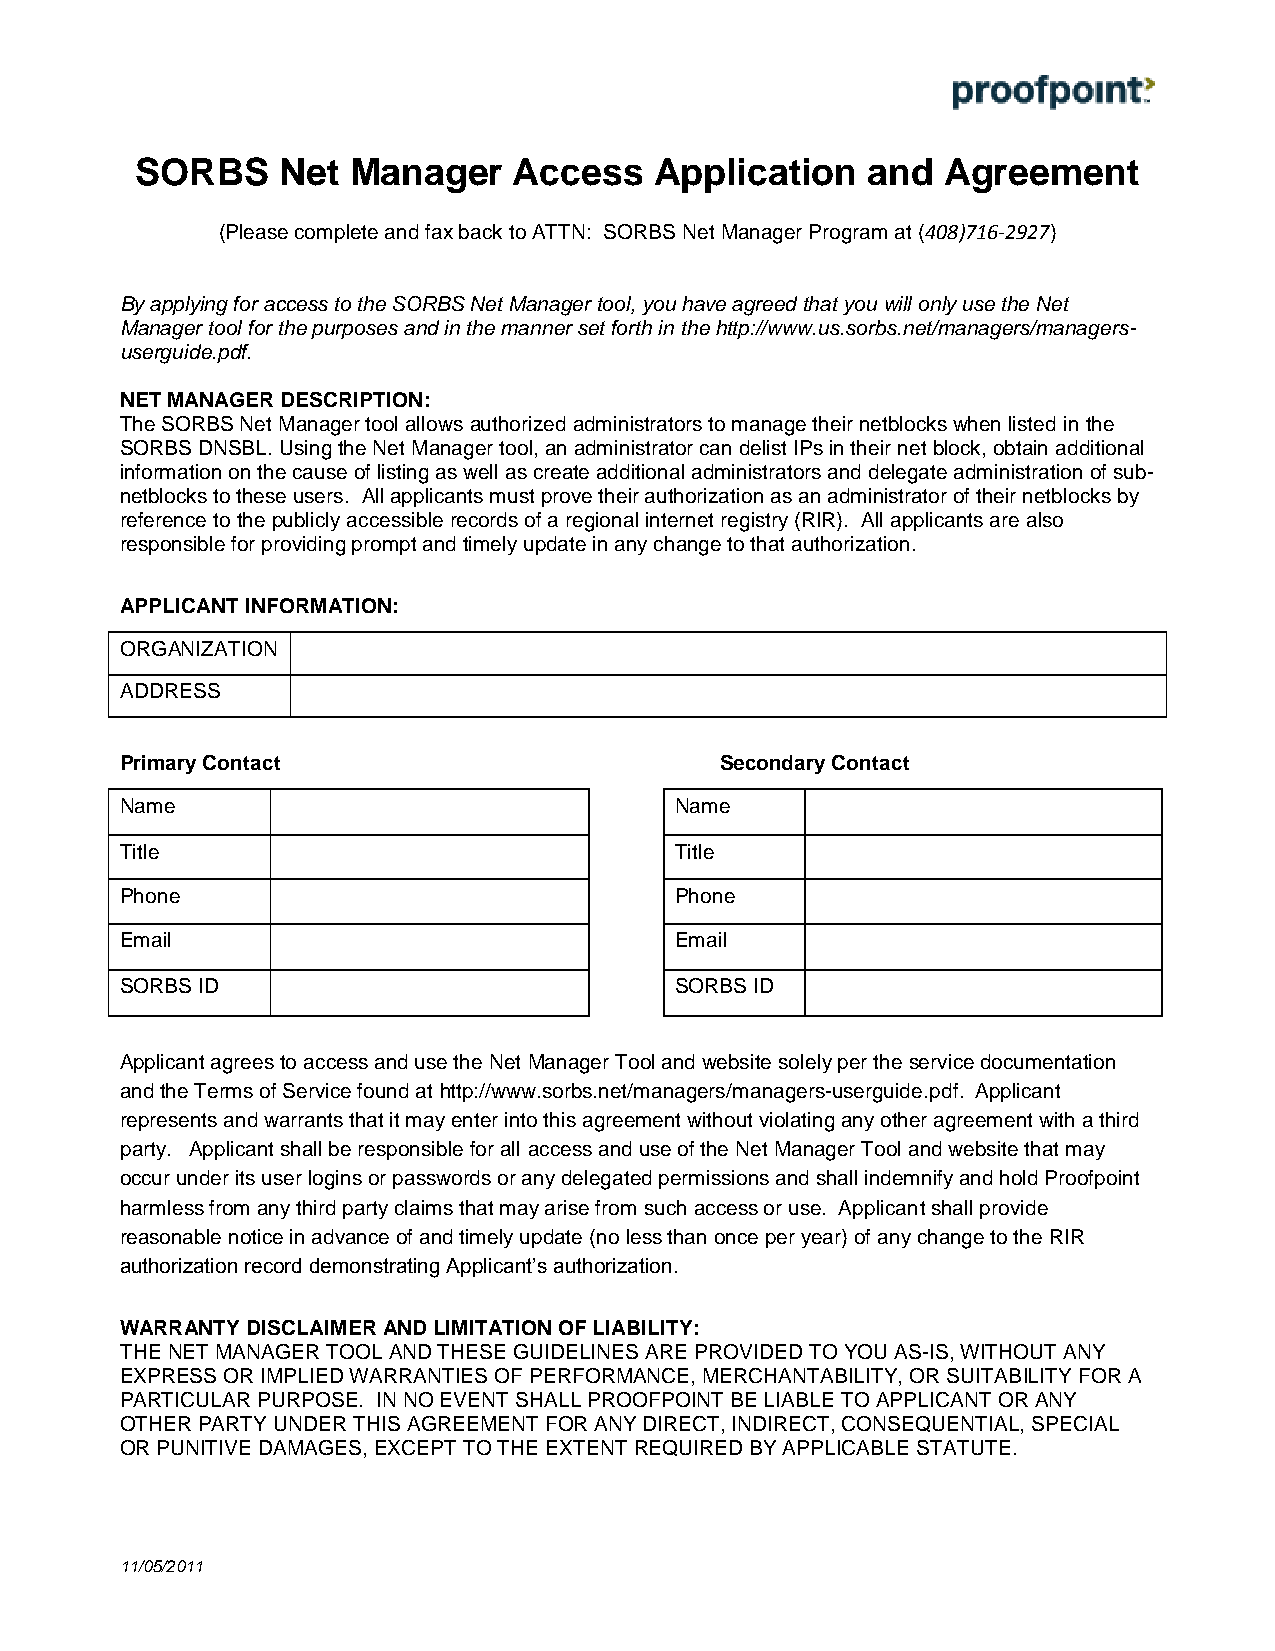
SORBS    Net  Manager    Access   Application   and   Agreement
 (Please complete and fax back to ATTN: SORBS Net Manager Program at (408)716-2927)
 By applying for access to the SORBS Net Manager tool, you have agreed that you will only use the Net
 Manager tool for the purposes and in the manner set forth in the http://www.us.sorbs.net/managers/managers-
 userguide.pdf.
 NET MANAGER DESCRIPTION:
 The SORBS Net Manager tool allows authorized administrators to manage their netblocks when listed in the
 SORBS DNSBL. Using the Net Manager tool, an administrator can delist IPs in their net block, obtain additional
 information on the cause of listing as well as create additional administrators and delegate administration of sub-
 netblocks to these users. All applicants must prove their authorization as an administrator of their netblocks by
 reference to the publicly accessible records of a regional internet registry (RIR). All applicants are also
 responsible for providing prompt and timely update in any change to that authorization.
 APPLICANT INFORMATION:
 ORGANIZATION
 ADDRESS
 Primary Contact                         Secondary Contact
 Name                                 Name
 Title                                Title
 Phone                                Phone
 Email                                Email
 SORBS ID                             SORBS ID
 Applicant agrees to access and use the Net Manager Tool and website solely per the service documentation
 and the Terms of Service found at http://www.sorbs.net/managers/managers-userguide.pdf. Applicant
 represents and warrants that it may enter into this agreement without violating any other agreement with a third
 party. Applicant shall be responsible for all access and use of the Net Manager Tool and website that may
 occur under its user logins or passwords or any delegated permissions and shall indemnify and hold Proofpoint
 harmless from any third party claims that may arise from such access or use. Applicant shall provide
 reasonable notice in advance of and timely update (no less than once per year) of any change to the RIR
 authorization record demonstrating Applicant’s authorization.
 WARRANTY DISCLAIMER AND LIMITATION OF LIABILITY:
 THE NET MANAGER TOOL AND THESE GUIDELINES ARE PROVIDED TO YOU AS-IS, WITHOUT ANY
 EXPRESS OR IMPLIED WARRANTIES OF PERFORMANCE, MERCHANTABILITY, OR SUITABILITY FOR A
 PARTICULAR PURPOSE. IN NO EVENT SHALL PROOFPOINT BE LIABLE TO APPLICANT OR ANY
 OTHER PARTY UNDER THIS AGREEMENT FOR ANY DIRECT, INDIRECT, CONSEQUENTIAL, SPECIAL
 OR PUNITIVE DAMAGES, EXCEPT TO THE EXTENT REQUIRED BY APPLICABLE STATUTE.
 11/05/2011